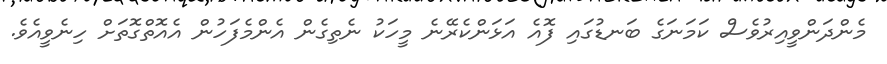
މެންދަންވީއިރުވެސް ކަމަނަގެ ބަނޑުގައި ފޮއެ އަޅަންކެރޭނެ މީހަކު ނެތިގެން އެންމެފަހުން އެއޮތްގޮތަށް ހިނެވީއެވެ.